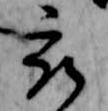
被